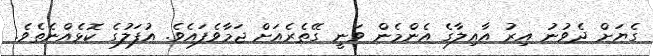
ގެޔަށް ދެވުނު އިރު އާއިލާގެ އެންމެން ވަނީ ގޭތެރެއަށް ޖަމާވެފައެވެ. އުފަލުގެ ކޮޅެއްނެތެވެ.